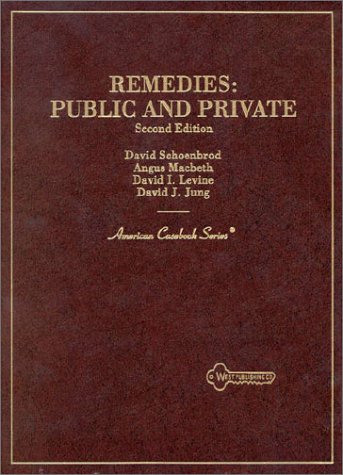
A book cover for Cases & Materials on Remedies (American Casebooks); David I. Levine; Law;